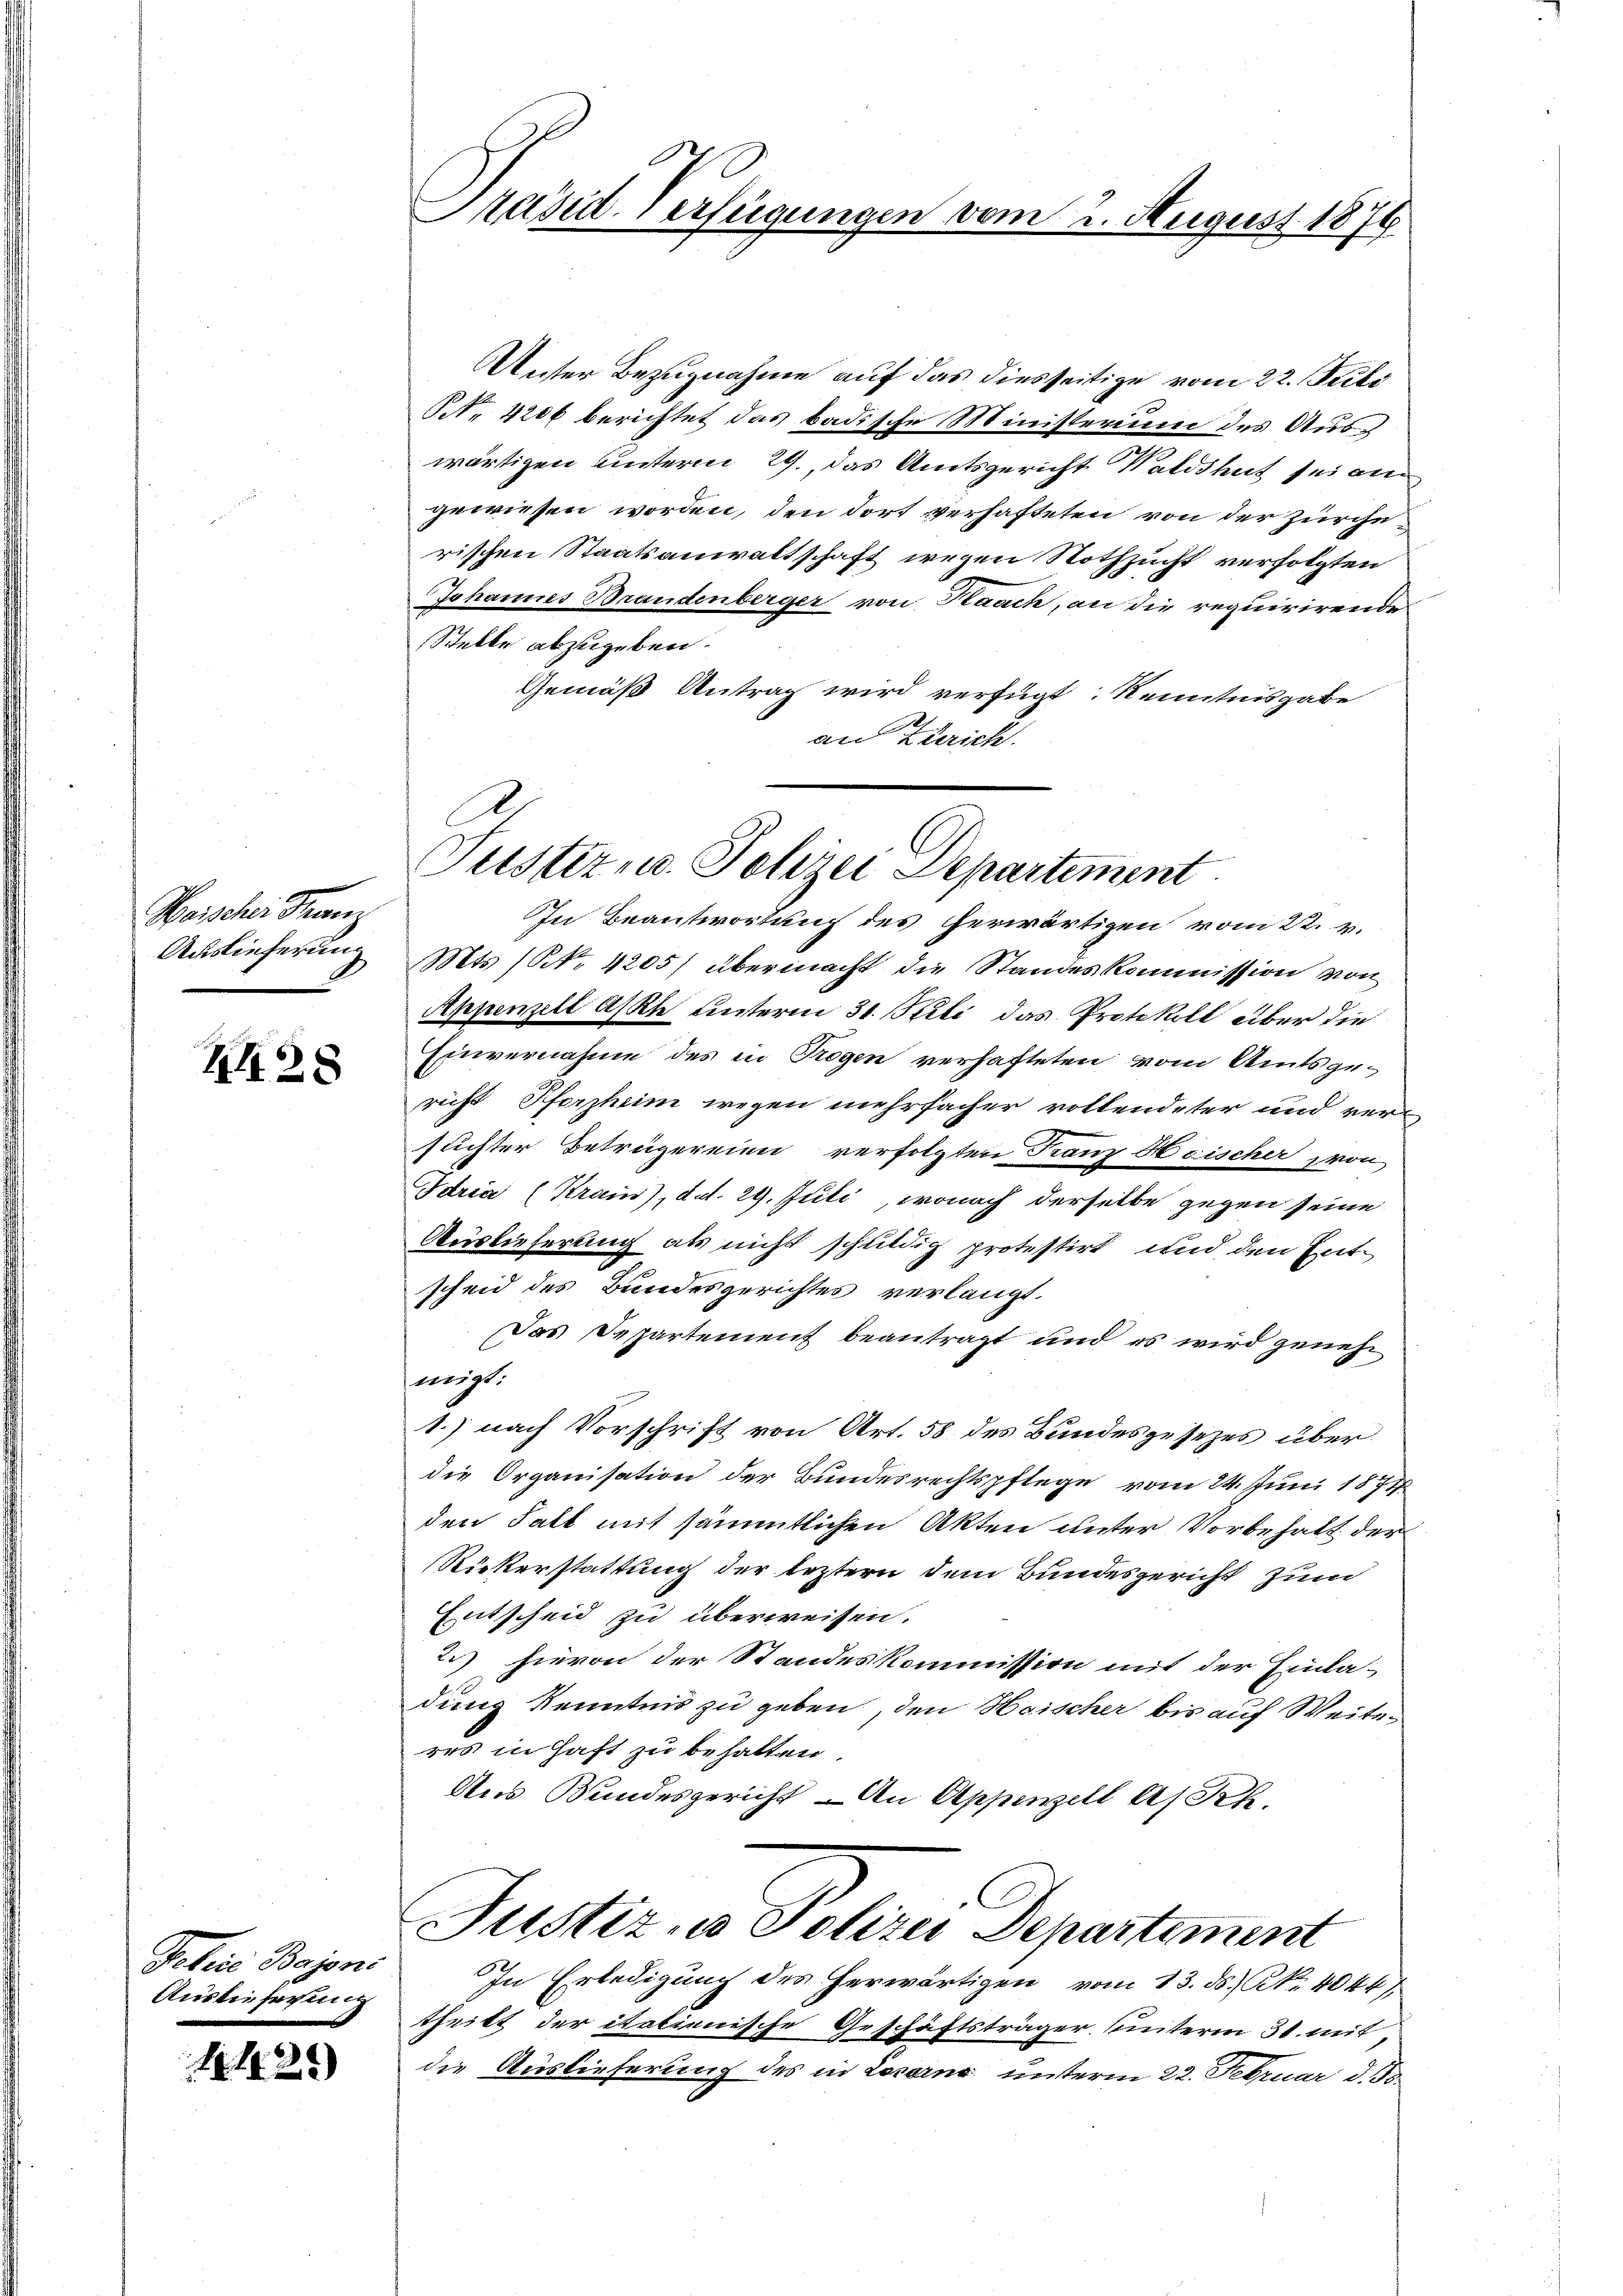
Heische Franz

Jelic
Auslie

I28

1425)

Person
tung

Präsid. Verfügungen vom 2. August 1874.

Unter Bezugnahme auf das diesseitige vom 22. Juli
NNo. 4206 berichtet das badische Ministerium des Auswärtigen unterm 29., das Amtsgericht Waldshut sei am
gewiesen worden, den dort verhafteten von der Zürcherischen Staatsanwaltschaft wegen Nothzucht verfolgten
Johannes Brandenberger von Kaach, an die requirirende
Stelle abzugeben.
Gemäß Antrag wird verfügt: Kenntnisgabe
an Zürich.

Justiz u. Polizei Departement
In Beantwortung des herwärtigen vom 22. v.
Auslieferung Mts. (S. 4205/ übermacht die Standeskommission von

Appenzell Aste unterm 31. Stili, das Protokoll über die
Einvernahme des in Trogen verhafteten vom Amtsge-
richt Pforzheim wegen mehrfacher vollendeter und verstichter Betrügereien verfolgten Franz Hoischer von
Idria (Krain), dd. 29. Juli, wonach derselbe gegen seine
Auslieferung als nicht schuldig protestirt und den Entscheid des Bundesgerichtes verlangt.
Das Departement beantragt und es wird geneheneigt.
1.) nach Vorschrift von Art. 58 des Bundesgesezes über
die Organisation der Bundesrechtspflege vom 24. Juni 1874
den Falt mit sämmtlichen Akten unter Vorbehalt der
Rükerstattung der leztern dem Bundesgericht zum
Entscheid zu überweisen.
2.) hievon der Standeskommission mit der Einla-
dung Kenntnis zu geben, den Haischer bis auf Weite-
res in Haft zu behalten.
Aus Bundesgericht - An Appenzell A/Rh.
Justiz & Polizei Departement
In Erledigung des herwärtigen vom 13. ds. No. 4044/
theilt der italienische Geschäftsträger hinterm 31. mit,
die Auslieferung des in Loseine unterm 22. Februar d. Js.